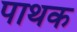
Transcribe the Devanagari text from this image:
पाथक